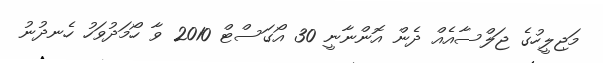
މަޖިލީހުގެ ޖަލްސާއެއް ދެން އޮންނާނީ 30 އޯގަސްޓް 2010 ވާ ހޯމަދުވަހު ހެނދުނު